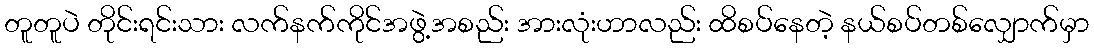
တူတူပဲ တိုင်းရင်းသား လက်နက်ကိုင်အဖွဲ့အစည်း အားလုံးဟာလည်း ထိစပ်နေတဲ့ နယ်စပ်တစ်လျှောက်မှာ